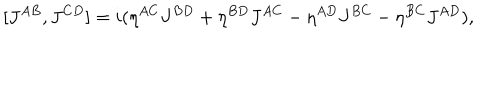
LaTeX: [ J ^ { A B } , J ^ { C D } ] = i ( \eta ^ { A C } J ^ { B D } + \eta ^ { B D } J ^ { A C } - \eta ^ { A D } J ^ { B C } - \eta ^ { B C } J ^ { A D } ) ,